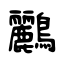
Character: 鸝